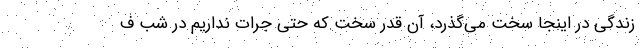
زندگی در اینجا سخت می‌گذرد، آن قدر سخت که حتی جرات نداریم در شب ف